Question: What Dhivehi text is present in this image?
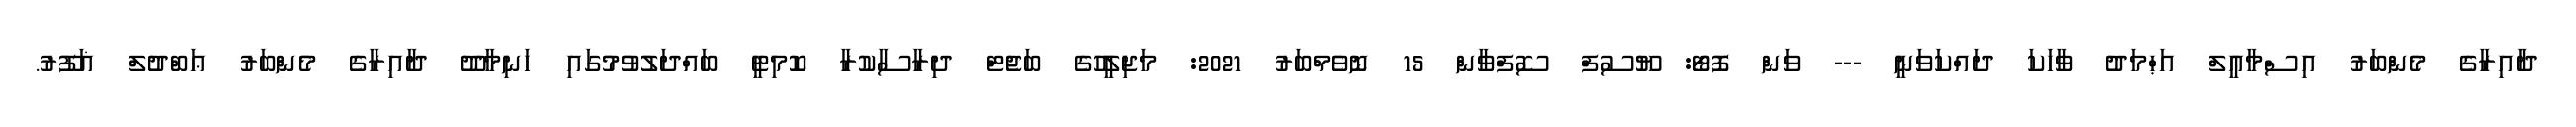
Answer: ދާއިރާގެ މެންބަރު އިސްމާޢީލް އަޙްމަދު ވާހަކަ ދައްކަވަނީ --- ވަން ފޮޓޯ: ޔޫސުފް ސޮފްވާން 15 ނޮވެމްބަރު 2021: މަޖިލީހުގެ ބަޖެޓް ދިރާސާކުރާ ކޮމިޓީ ބައްދަލުވުމުގައި ހަނިމާދޫ ދާއިރާގެ މެންބަރު ޢަބްދުލް ޣަފޫރު.